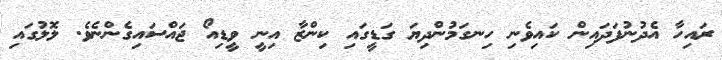
ރައިހާ އެދުނުފަދައިން ކައިވެނި ހިނގަމުންދިޔަ ގަޑީގައި ކިންޒާ އިނީ ވީޑިއޯ ޖައްސައިގެންނެވެ. ލޮލުގައި